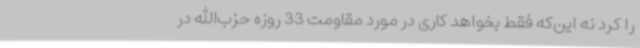
را کرد نه این‌که فقط بخواهد کاری در مورد مقاومت 33 روزه حزب‌الله در